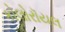
કોલોરૉયલ